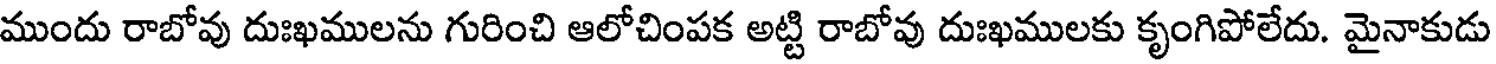
ముందు రాబోవు దుఃఖములను గురించి ఆలోచింపక అట్టి రాబోవు దుఃఖములకు కృంగిపోలేదు. మైనాకుడు